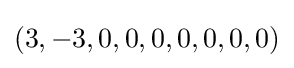
(3,-3,0,0,0,0,0,0,0)